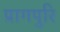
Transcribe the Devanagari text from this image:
प्रागपुरि